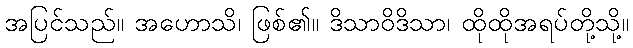
အပြင်သည်။ အဟောသိ၊ ဖြစ်၏။ ဒိသာဝိဒိသာ၊ ထိုထိုအရပ်တို့သို့။